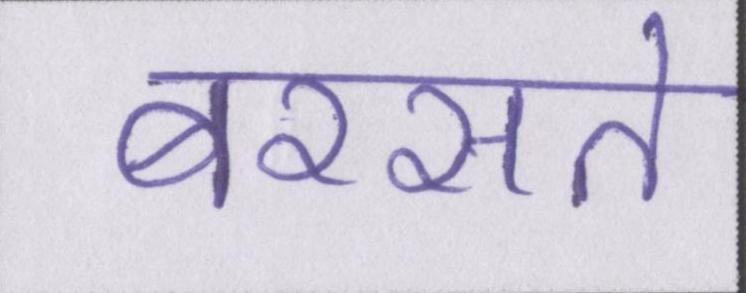
बरसते